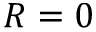
R = 0